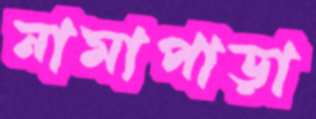
নামাপাড়া